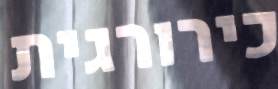
כירורגית